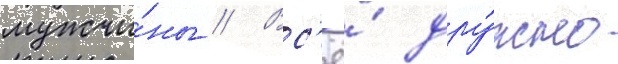
мужчи́ны // Вс'ё́ дру́жно